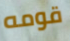
قومه